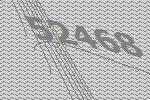
52468